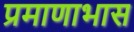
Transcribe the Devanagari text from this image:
प्रमाणाभास